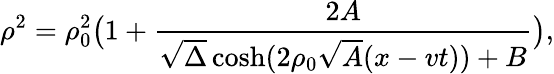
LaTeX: \rho^{2}=\rho_{0}^{2}\bigl(1+{\frac{2A}{\sqrt{\Delta}\cosh(2\rho_{0}\sqrt{A}(x-vt))+B}}\bigr),